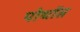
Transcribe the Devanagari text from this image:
पोथॉस